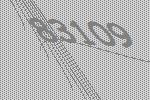
83109